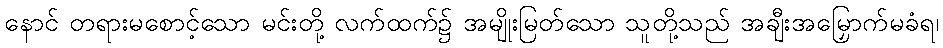
နောင် တရားမစောင့်သော မင်းတို့ လက်ထက်၌ အမျိုးမြတ်သော သူတို့သည် အချီးအမြှောက်မခံရ၊